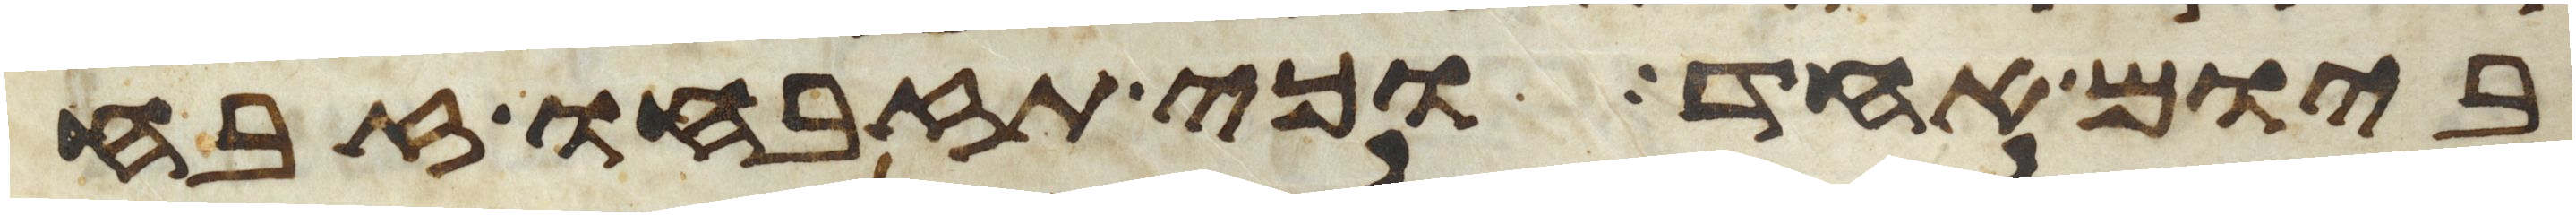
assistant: ביום אחד וכי תזבחו זבח